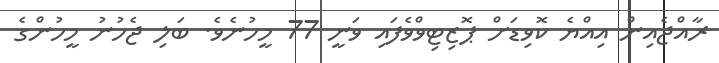
ރާއްޖެއިން އިއްޔެ ކޮވިޑަށް ޕޮޒިޓިވްވެފައި ވަނީ 77 މީހުނެވެ. ބަލި ޖެހުނު މީހުންގެ